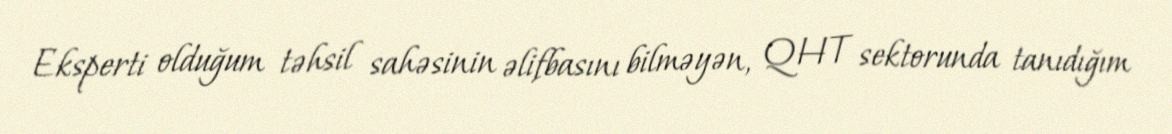
Eksperti olduğum təhsil sahəsinin əlifbasını bilməyən, QHT sektorunda tanıdığım